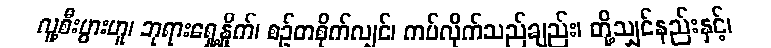
လူ့စီးပွားဟူ၊ ဘုရားရှေ့နှိုက်၊ စဉ်တစိုက်လျှင်၊ ကပ်လိုက်သည်ချည်း၊ တို့သျှင်နည်းနှင့်၊